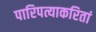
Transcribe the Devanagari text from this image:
पारिपत्याकरितां